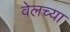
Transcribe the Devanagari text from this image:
वेलच्या